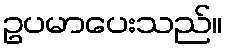
ဥပမာပေးသည်။